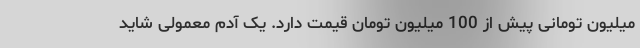
میلیون تومانی پیش از 100 میلیون تومان قیمت دارد. یک آدم معمولی شاید